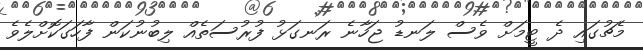
މެޗުގައި ދެ ޓީމަށް ވެސް ލަނޑު ޖަހާނެ ރަނގަޅު ފުރުސަތެއް ލިބުނުކަން ފާހަގަކޮށްލެވެ